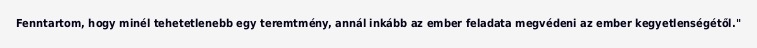
Fenntartom, hogy minél tehetetlenebb egy teremtmény, annál inkább az ember feladata megvédeni az ember kegyetlenségétől."